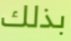
بذلك